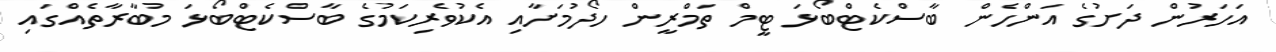
އަހަރުން ދަށުގެ އަންހެން ބާސްކެޓްބޯޅަ ޓީމް ތަމްރީން ހޯދުމަށާއި އެކުވެރިކަމުގެ ބާސްކެޓްބޯޅަ މުބާރާތެއްގައި